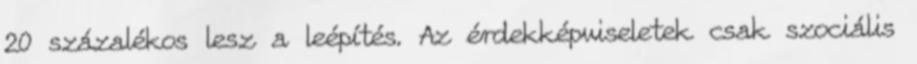
20 százalékos lesz a leépítés. Az érdekképviseletek csak szociális